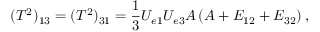
( T ^ { 2 } ) _ { 1 3 } = ( T ^ { 2 } ) _ { 3 1 } = \frac { 1 } { 3 } U _ { e 1 } U _ { e 3 } A \left( A + E _ { 1 2 } + E _ { 3 2 } \right) ,